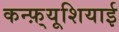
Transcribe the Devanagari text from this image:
कन्फ़्यूशियाई